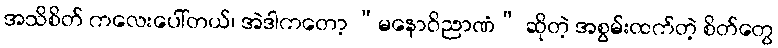
အသိစိတ် ကလေးပေါ်တယ်၊ အဲဒါကတော့ “မနောဝိညာဏံ” ဆိုတဲ့ အစွမ်းထက်တဲ့ စိတ်တွေ